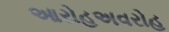
આરોહઅવરોહ